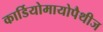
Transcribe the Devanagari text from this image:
कार्डियोमायोपैथीज